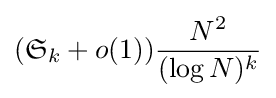
({\mathfrak {S}}_{k}+o(1)){\frac {N^{2}}{(\log N)^{k}}}